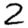
Digit: 2